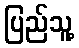
ပြည်သူ့